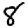
Digit: 8